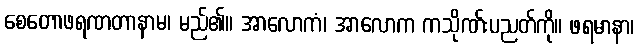
စေတောဖရဏတာနာမ၊ မည်၏။ အာလောကံ၊ အာလောက ကသိုဏ်းပညတ်ကို။ ဖရမာနာ၊